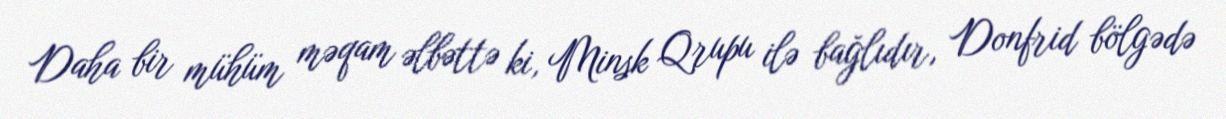
Daha bir mühüm məqam əlbəttə ki, Minsk Qrupu ilə bağlıdır, Donfrid bölgədə